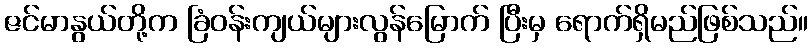
ဇင်မာနွယ်တို့က ခြံဝန်းကျယ်များလွန်မြောက် ပြီးမှ ရောက်ရှိမည်ဖြစ်သည်။